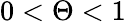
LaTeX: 0<\Theta<1